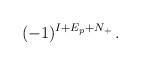
LaTeX: \begin{align*}(-1)^{I+ E_p + N_+} \,. \end{align*}